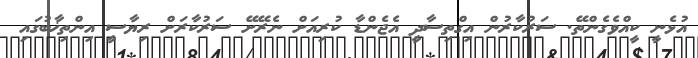
އުޅެނީ ކީއްވެގެންތޭ. ސަރުކާރުން އިގްތިސާދީ އެޖެންޑާ ކުރިއަށް ނެރޭށޭ ސަރުކާރަށް ރިޔާސީ އިންތިޚާބުގައި